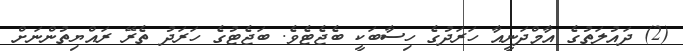
(2) ދައުލަތުގެ އާމްދަނީއާ ހަރަދުގެ ހިސާބަކީ ބެޖެޓެވެ. ބަޖެޓުގެ ހަރަދު ތެރޭ ރައްޔިތުންނަށް